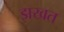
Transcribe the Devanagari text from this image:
झखत